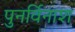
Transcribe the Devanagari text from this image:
पुनर्विनाश